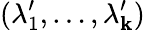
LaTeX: (\lambda_{1}^{\prime},\dots,\lambda_{\mathbf{k}}^{\prime})